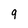
Character: 9